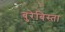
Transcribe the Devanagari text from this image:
बुरेबिस्ता